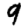
Digit: 9